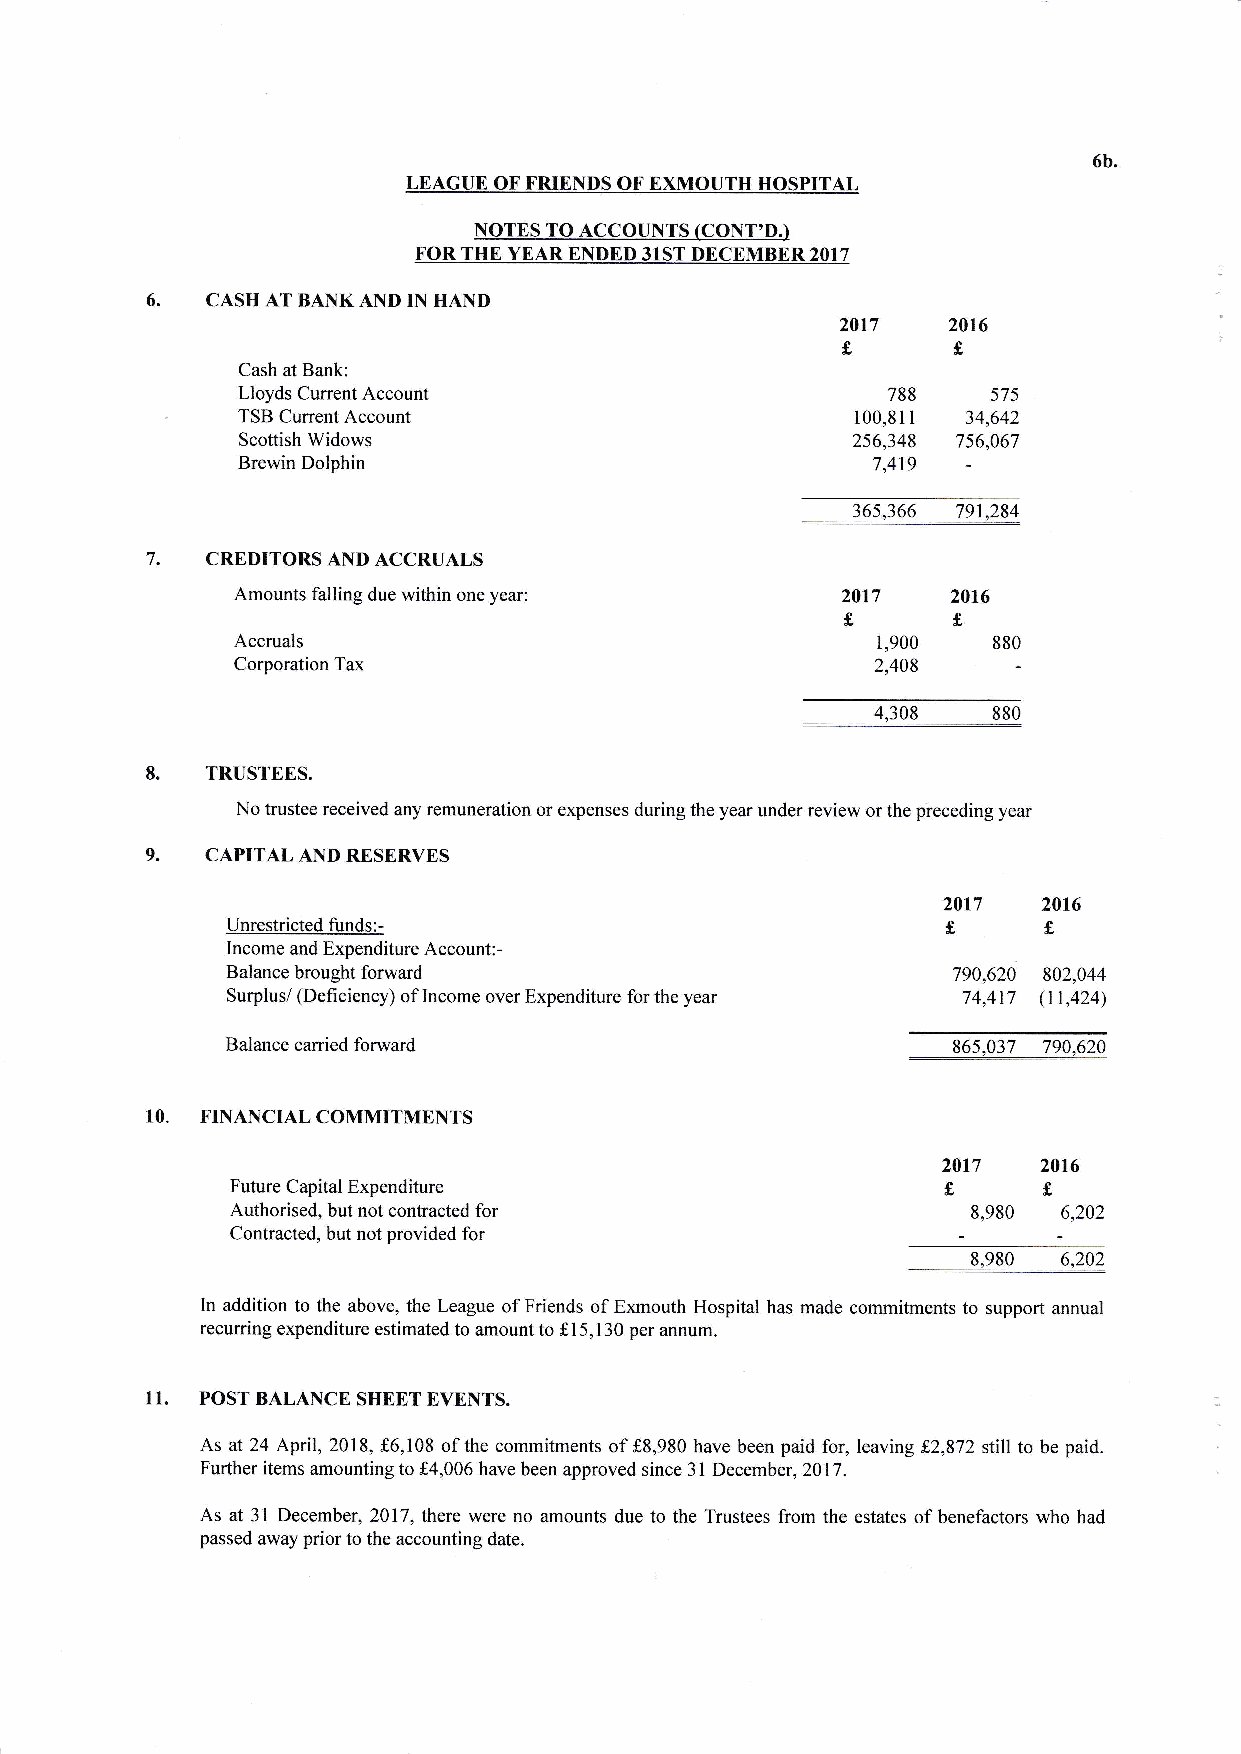
6b.
 LEAGUE OF FRIENDS OF EXMOUTH HOSPITAL
 NOTES TO ACCOUNTS (CONT'D.)
 FOR THE YEAR ENDED 31ST DECEMBER 2017
 6.
 CASH AT BANKAND IN IIAND
 2017
 2016
 f,f
 Cash at Bank:
 Account                            788
 Lloyds Current                                    575
 -           Account                           100,811
 TSB Current                                     34,642
 Widows                              256,348
 Scottish                                       756,067
 Dolphin
 Brewin                                    7,419
 36s366
 791284
 7.
 CREDITORSANDACCRUALS
 Amounts falling due within one year:    2017   2016
 f,
 f.
 1,900
 Accruals                                          880
 Corporation Tax                           2,408
 4,308
 880
 8.
 TRUSTEES.
 No trustee received any remuneration or expenses during the year under review or the preceding year
 9.  CAPITALANDRESERVES
 2017
 2016
 If
 Unrestricted funds:-
 Income and Expenditure Account:-
 Balance brought forward                         790,620 802,044
 Surplus/ (Deficiency) of Income over Expenditure for the year 74,417 (11,424)
 Balance carried forward                      ___ 351 3t __129
 10. FINANCIALCOMMITMENTS
 2017
 2016
 f,c
 Future Capital Expenditure
 8,980
 Authorised, but not contracted for                     6,202
 Contracted, but not provided for                _      jW
 _3p39 __
 In addition to the above, the League of Friends of Exmouth Hospital has made commitments to support annual
 recuring expenditure estimated to amount to f,15,130 per annum.
 11.
 POST BALANCE SIIEET EVENTS.
 Asat24April,20l8,f'6,l08ofthecommitmentsoff8,980havebeenpaidfor,leavingf2,872stilltobepaid.
 Further items amounting to f,4,006 have been approved since 31 December, 2017.
 As at 31 December,2\l7,therc were no amounts due to the Trustees from the estates of benefactors who had
 passed away prior to the accounting date.